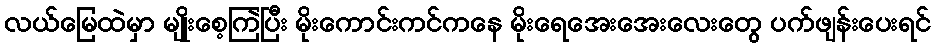
လယ်မြေထဲမှာ မျိုးစေ့ကြဲပြီး မိုးကောင်းကင်ကနေ မိုးရေအေးအေးလေးတွေ ပက်ဖျန်းပေးရင်